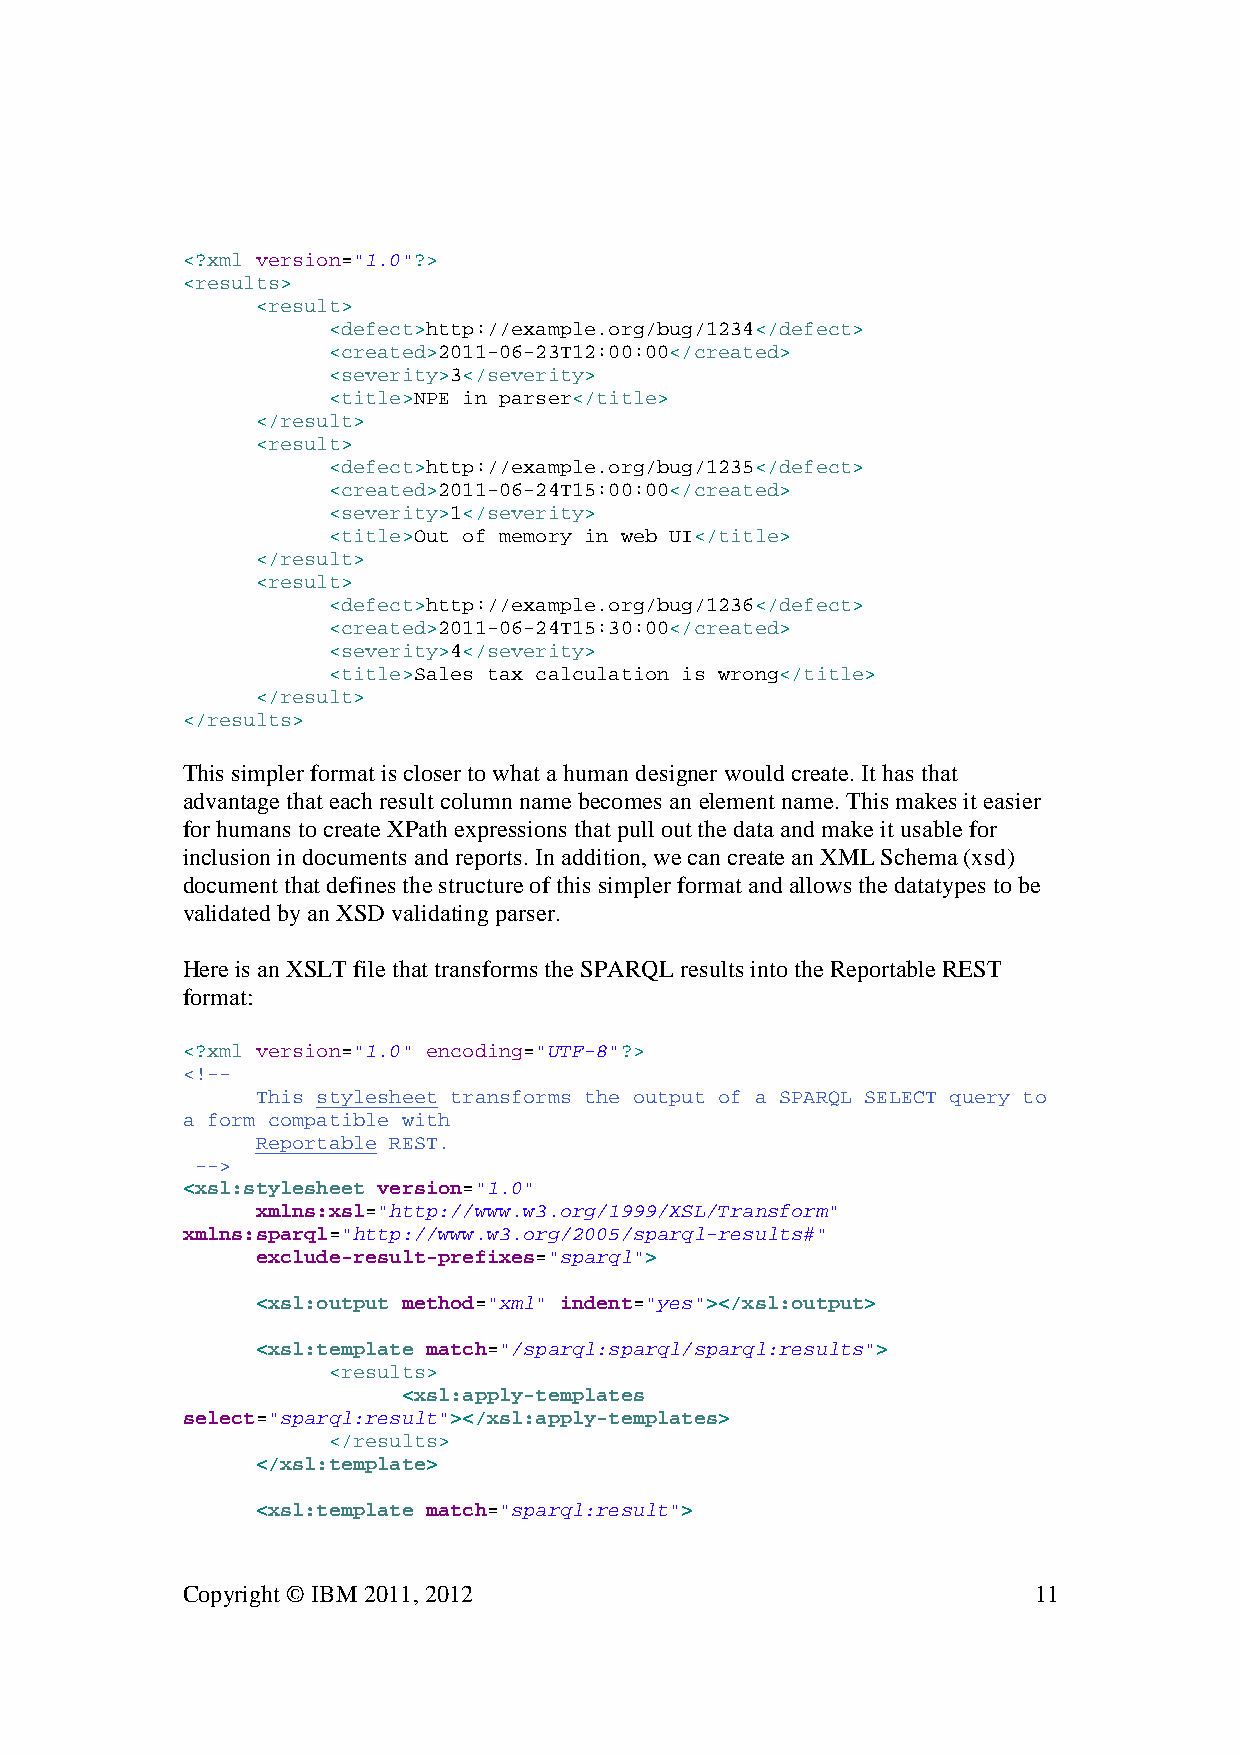
<?xml version="1.0"?>
 <results>
 <result>
 <defect>http://example.org/bug/1234</defect>
 <created>2011-06-23T12:00:00</created>
 <severity>3</severity>
 <title>NPE in parser</title>
 </result>
 <result>
 <defect>http://example.org/bug/1235</defect>
 <created>2011-06-24T15:00:00</created>
 <severity>1</severity>
 <title>Out of memory in web UI</title>
 </result>
 <result>
 <defect>http://example.org/bug/1236</defect>
 <created>2011-06-24T15:30:00</created>
 <severity>4</severity>
 <title>Sales tax calculation is wrong</title>
 </result>
 </results>
 This simpler format is closer to what a human designer would create. It has that
 advantage that each result column name becomes an element name. This makes it easier
 for humans to create XPath expressions that pull out the data and make it usable for
 inclusion in documents and reports. In addition, we can create an XML Schema (xsd)
 document that defines the structure of this simpler format and allows the datatypes to be
 validated by an XSD validating parser.
 Here is an XSLT file that transforms the SPARQL results into the Reportable REST
 format:
 <?xml version="1.0" encoding="UTF-8"?>
 <!--
 This stylesheet transforms the output of a SPARQL SELECT query to
 a form compatible with
 Reportable REST.
 -->
 <xsl:stylesheet version="1.0"
 xmlns:xsl="http://www.w3.org/1999/XSL/Transform"
 xmlns:sparql="http://www.w3.org/2005/sparql-results#"
 exclude-result-prefixes="sparql">
 <xsl:output method="xml" indent="yes"></xsl:output>
 <xsl:template match="/sparql:sparql/sparql:results">
 <results>
 <xsl:apply-templates
 select="sparql:result"></xsl:apply-templates>
 </results>
 </xsl:template>
 <xsl:template match="sparql:result">
 Copyright © IBM 2011, 2012                              11